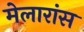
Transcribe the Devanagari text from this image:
मेलारांस